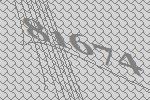
81674